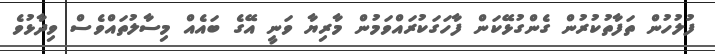
ފުލުހުން ތަފާތުކުރުން ގެންގުޅޭކަން ފާހަގަކުރައްވަމުން މާރިޔާ ވަނީ އޭގެ ބައެއް މިސާލުތައްވެސް ވިދާޅުވެ